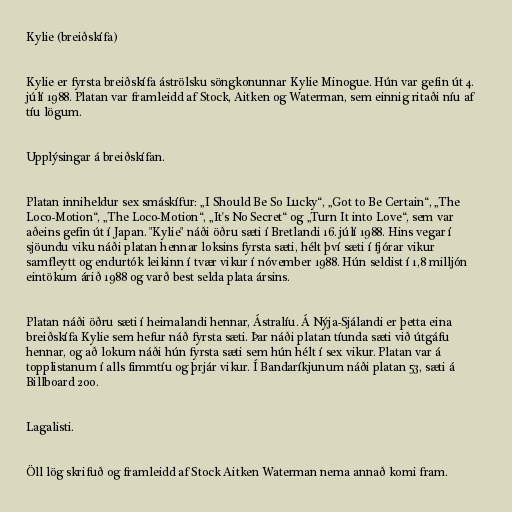
Kylie (breiðskífa)

Kylie er fyrsta breiðskífa áströlsku söngkonunnar Kylie Minogue. Hún var gefin út 4.
júlí 1988. Platan var framleidd af Stock, Aitken og Waterman, sem einnig ritaði níu af
tíu lögum.

Upplýsingar á breiðskífan.

Platan inniheldur sex smáskífur: „I Should Be So Lucky“, „Got to Be Certain“, „The
Loco-Motion“, „The Loco-Motion“, „It's No Secret“ og „Turn It into Love“, sem var
aðeins gefin út í Japan. "Kylie" náði öðru sæti í Bretlandi 16. júlí 1988. Hins vegar í
sjöundu viku náði platan hennar loksins fyrsta sæti, hélt því sæti í fjórar vikur
samfleytt og endurtók leikinn í tvær vikur í nóvember 1988. Hún seldist í 1,8 milljón
eintökum árið 1988 og varð best selda plata ársins.

Platan náði öðru sæti í heimalandi hennar, Ástralíu. Á Nýja-Sjálandi er þetta eina
breiðskífa Kylie sem hefur náð fyrsta sæti. Þar náði platan tíunda sæti við útgáfu
hennar, og að lokum náði hún fyrsta sæti sem hún hélt í sex vikur. Platan var á
topplistanum í alls fimmtíu og þrjár vikur. Í Bandaríkjunum náði platan 53, sæti á
Billboard 200.

Lagalisti.

Öll lög skrifuð og framleidd af Stock Aitken Waterman nema annað komi fram.